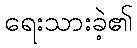
ရေးသားခဲ့၏